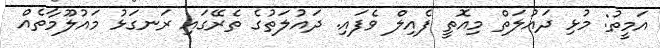
އަމީތު: މުޅި ދައުލަތް މިއޮތީ ފެއިލް ވެފައި. ދައުލަތުގެ ތެރޭގައި ރަނގަޅު މައުލޫމާތެއް